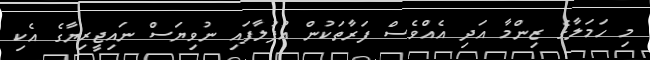
މި ހަމަލާގެ ޒިންމާ އަދި އެއްވެސް ފަރާތަކުން އުފުލާފައި ނުވިޔަސް ނައިޖީރިޔާގެ އެކި